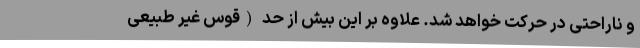
و ناراحتی در حرکت خواهد شد. علاوه بر این بیش از حد (قوس غیر طبیعی